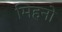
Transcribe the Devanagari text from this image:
मिहनो